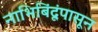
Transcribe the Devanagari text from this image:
नाभिबिंदूंपासून